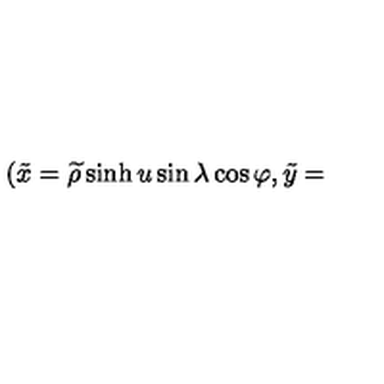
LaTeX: ( \tilde { x } = \widetilde { \rho } \sinh u \sin \lambda \cos \varphi , \tilde { y } =